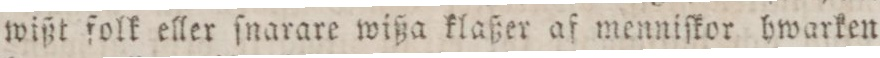
wißt folk eller ſnarare wißa klaßer af menniſkor hwarken